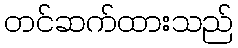
တင်ဆက်ထားသည်